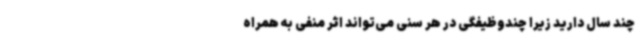
چند سال دارید زیرا چندوظیفگی در هر سنی می‌تواند اثر منفی به همراه